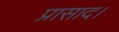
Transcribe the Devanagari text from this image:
प्रासाद।